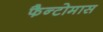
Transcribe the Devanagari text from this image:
फैन्टोमास